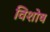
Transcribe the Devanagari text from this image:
विशोष